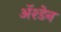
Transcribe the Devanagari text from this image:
ॲश्डेन